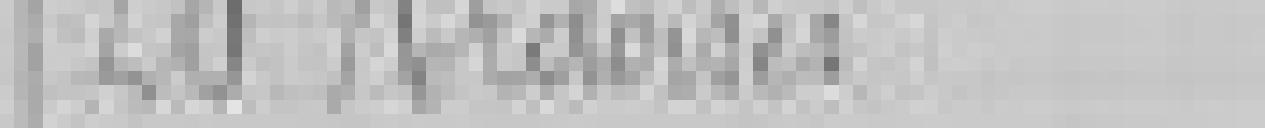
20. Ardoises